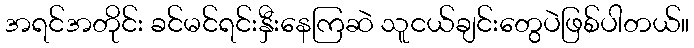
အရင်အတိုင်း ခင်မင်ရင်းနှီးနေကြဆဲ သူငယ်ချင်းတွေပဲဖြစ်ပါတယ်။